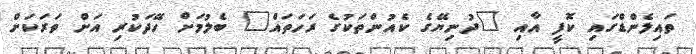
ތައިލެންޑްގައި ކޮފީ އާއި "ދުނިޔޭގެ ކެއުންތަކުގެ ރަހަތައް" ބެލުމަށް ހޭދަކުރި އަށް ވަރަކަށް